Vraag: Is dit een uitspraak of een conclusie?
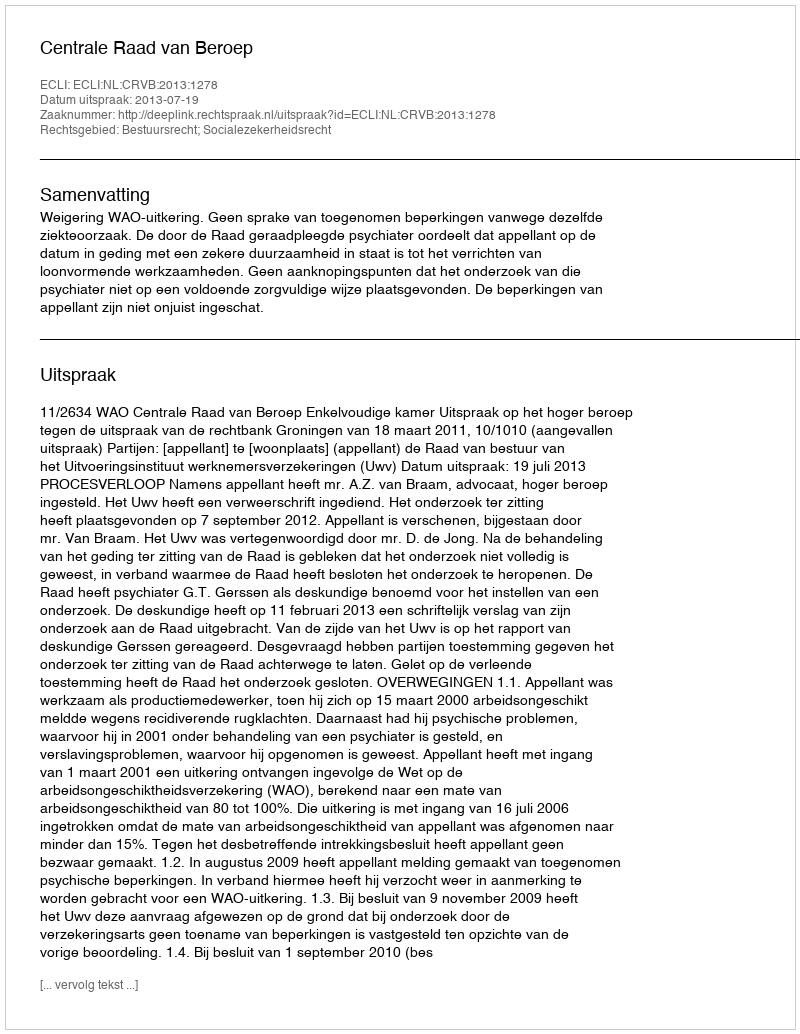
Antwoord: Uitspraak